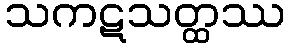
သကဋသတ္ထဿ